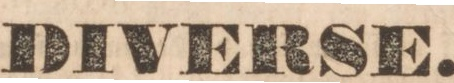
DIVERSE.